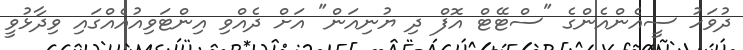
ދުވަހު ސީއެންއެންގެ "ސްޓޭޓް އޮފް ދި ޔުނިއަން" އަށް ދެއްވި އިންޓަވިއުއެއްގައި ވިދާޅުވީ